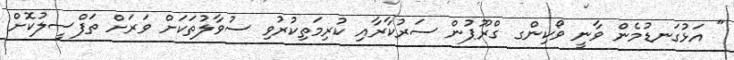
" އަޅުގަނޑުމެން ވާނީ ވޯކިންގ ގްރޫޕުން ސަރުކާރާއި ކުރިމަތިކުރުވި ސުވާލުތަކަށް ވަރަށް ތަފްސީލުކޮށް